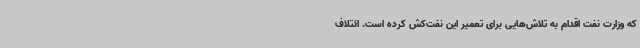
که وزارت نفت اقدام به تلاش‌هایی برای تعمیر این نفت‌کش کرده است. ائتلاف